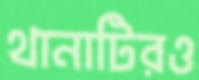
থানাটিরও